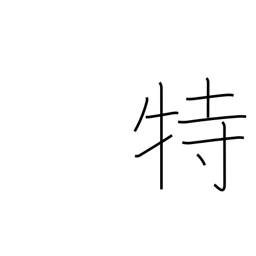
Meaning: special